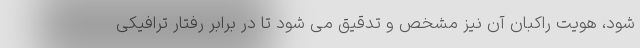
شود، هویت راکبان آن نیز مشخص و تدقیق می شود تا در برابر رفتار ترافیکی